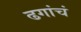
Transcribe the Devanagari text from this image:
ढगांचं